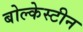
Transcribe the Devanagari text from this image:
बोल्केस्टीन